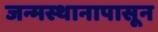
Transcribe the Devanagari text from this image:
जन्मस्थानापासून